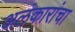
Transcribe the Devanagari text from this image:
अलंकारांचा